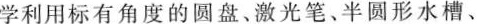
学利用标有角度的圆盘、激光笔、半圆形水槽、